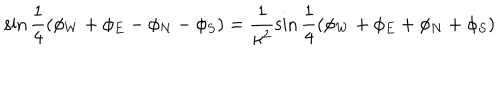
LaTeX: \sin { \frac { 1 } { 4 } ( \phi _ { W } + \phi _ { E } - \phi _ { N } - \phi _ { S } ) } = \frac { 1 } { \kappa ^ { 2 } } \sin { \frac { 1 } { 4 } ( \phi _ { W } + \phi _ { E } + \phi _ { N } + \phi _ { S } ) }